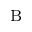
_ \mathrm { B }